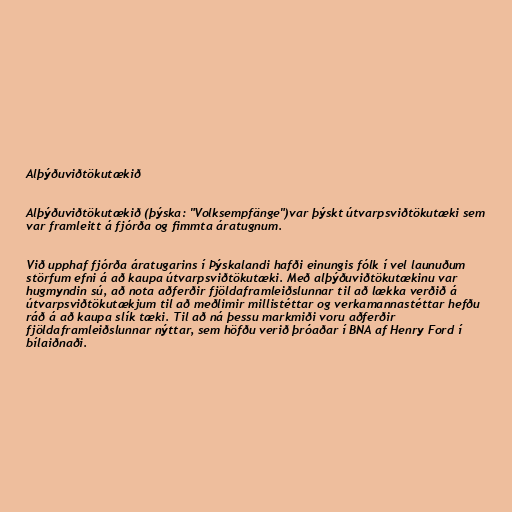
Alþýðuviðtökutækið

Alþýðuviðtökutækið (þýska: "Volksempfänge")var þýskt útvarpsviðtökutæki sem
var framleitt á fjórða og fimmta áratugnum.

Við upphaf fjórða áratugarins í Þýskalandi hafði einungis fólk í vel launuðum
störfum efni á að kaupa útvarpsviðtökutæki. Með alþýðuviðtökutækinu var
hugmyndin sú, að nota aðferðir fjöldaframleiðslunnar til að lækka verðið á
útvarpsviðtökutækjum til að meðlimir millistéttar og verkamannastéttar hefðu
ráð á að kaupa slík tæki. Til að ná þessu markmiði voru aðferðir
fjöldaframleiðslunnar nýttar, sem höfðu verið þróaðar í BNA af Henry Ford í
bílaiðnaði.